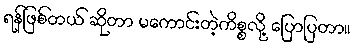
ရန်ဖြစ်တယ် ဆိုတာ မကောင်းတဲ့ကိစ္စလို့ ပြောပြတာ။